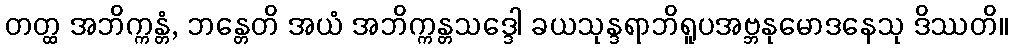
တတ္ထ အဘိက္ကန္တံ, ဘန္တေတိ အယံ အဘိက္ကန္တသဒ္ဒေါ ခယသုန္ဒရာဘိရူပအဗ္ဘနုမောဒနေသု ဒိဿတိ။